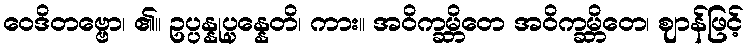
ဝေဒိတဗ္ဗော၊ ၏။ ဥပ္ပန္နုပ္ပန္နေတိ၊ ကား။ အဝိက္ခမ္ဘိတေ အဝိက္ခမ္ဘိတေ၊ ဈာန်ဖြင့်